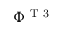
\Phi ^ { \mathrm { ~ T ~ 3 ~ } }